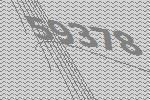
59378